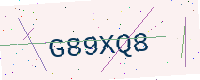
Text: G89XQ8